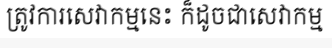
ត្រូវការសេវាកម្មនេះ ក៏ដូចជាសេវាកម្ម